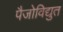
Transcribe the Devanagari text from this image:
पैजोविद्युत